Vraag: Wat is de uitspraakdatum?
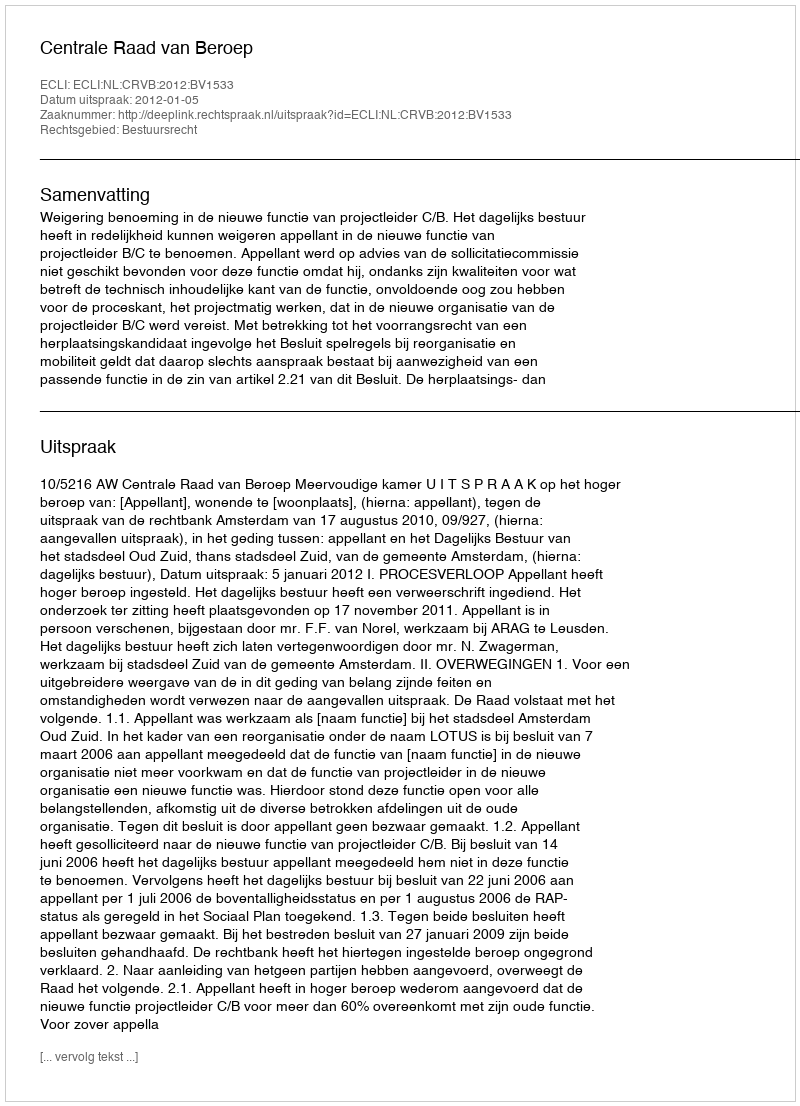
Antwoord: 2012-01-05